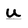
Character: u